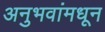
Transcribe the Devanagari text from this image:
अनुभवांमधून